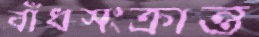
বাঁধসংক্রান্ত